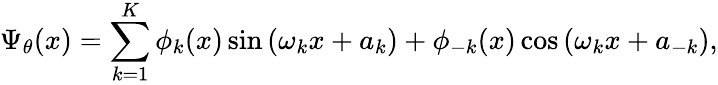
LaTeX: \Psi_{\theta}(x)=\sum_{k=1}^{K}\phi_{k}(x)\sin\left(\omega_{k}x+a_{k}\right)+\phi_{-k}(x)\cos\left(\omega_{k}x+a_{-k}\right),